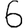
Digit: 6